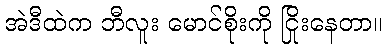
အဲဒီထဲက ဘီလူး မောင်စိုးကို ငြိုးနေတာ။